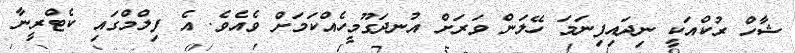
ޝާހް ރުކްއަކީ ނިދައިފިނަމަ ހޭލަން ވަރަށް އުނދަގޫމީހެއްކަމަށް ވެއެވެ. އެ ފިލްމްގައި ކެޓްރީނާ